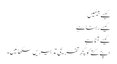
کیسے بیٹھیں
کیسے رہنا ہے
کیسے آنا ہے
اپنے کتے کو کچھ تفریحی تدبیریں سکھائیں۔